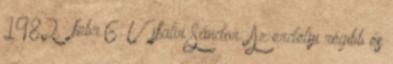
1982 . febr.6. Újfalvi Sándor: Az erdélyi régibb és